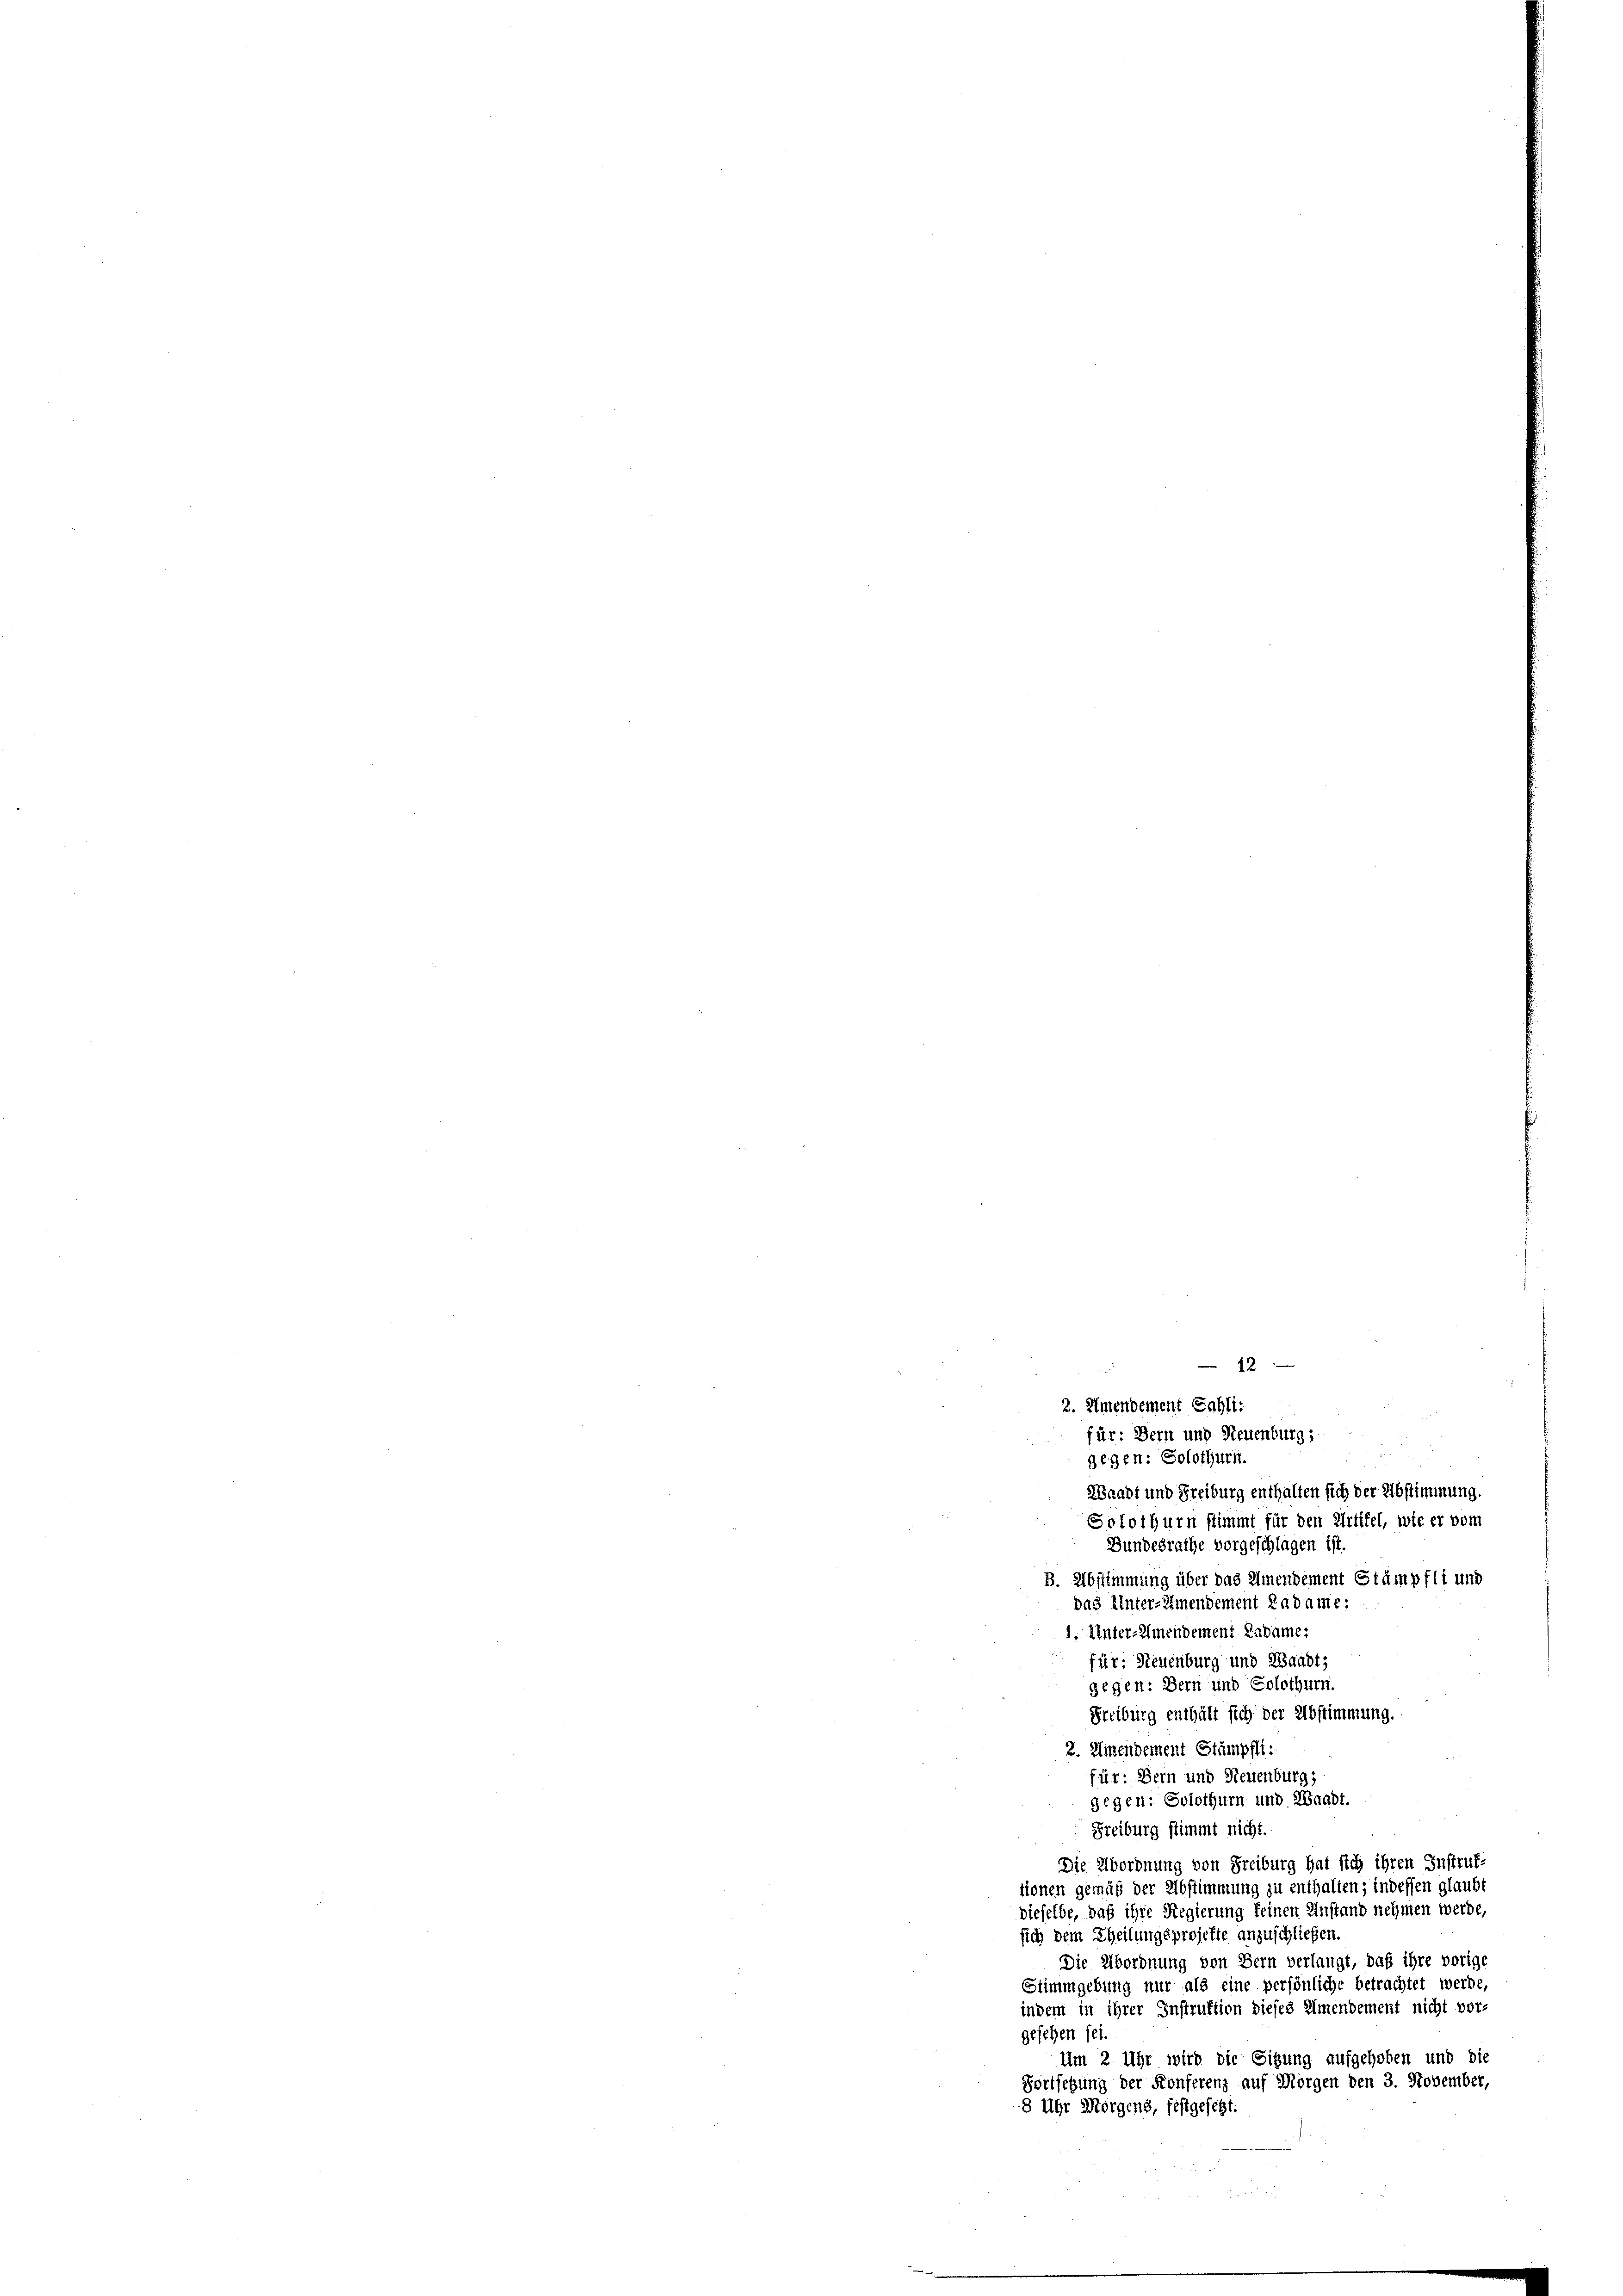
4 x
2. Ilmendement Sahli:
für: Bern und Neuenburg;

gegen: Solothurn.
Waadt und Freiburg enthalten sich der Abstimmung.
Solothurn stimmt für den Artikel, wie er vom
Bundesrathe vorgeschlagen ist.
B. Abstimmung über das Amendement Stämpfli und
das Unter-Amendement Cadame:
1. Unter-Almendement Kadame.
für: Neuenburg und Waadt,
gegen: Bern und Solothurn.
Freiburg enthält sich der Abstimmung.
2. Einendement Stämpfli:
für: Dern und Neuenburg,
gegen: Solothurn und Waadt.
Freiburg stimmt nicht.
Die Abordnung von Freiburg hat sich ihren Instruk-
tionen gemäß der Abstimmung zu enthalten; indessen glaubt
dieselbe, daß ihre Regierung keinen Anstand nehmen werde,
sich dem Theilungsprojekte anzuschließen
Die Abordnung von Bern verlangt, daß ihre vorige
Stimmgebung nur als eine persönliche betrachtet werde,
indem in ihrer Instruktion dieses Amendement nicht vor-
gesehen sei.
Um 2 Uhr wird die Sitzung aufgehoben und die
Fortsetzung der Konferenz auf Morgen den 3. November,
8 Uhr Morgens, festgesetzt.